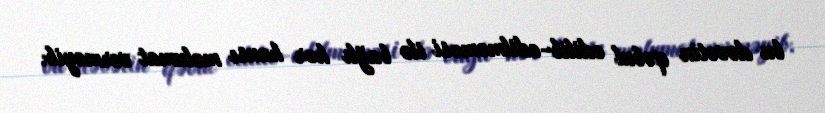
bu dəvətin qəbul edilib-edilməməsi ilə bağlı hər hansı məlumat verməyib.